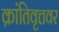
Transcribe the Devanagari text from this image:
क्रांतिवृत्तवर